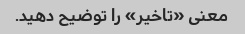
معنی «تاخیر» را توضیح دهید.